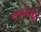
મનોરથો